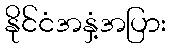
နိုင်ငံအနှံ့အပြား